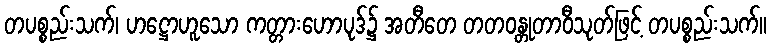
တပစ္စည်းသက်၊ ဟဋ္ဌောဟူသော ကတ္တားဟောပုဒ်၌ အတီတေ တတဝန္တုတာဝီသုတ်ဖြင့် တပစ္စည်းသက်။